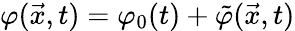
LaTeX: \varphi({\vec{x}},t)=\varphi_{0}(t)+{\tilde{\varphi}}(\vec{x},t)